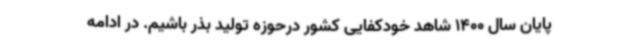
پایان سال 1400 شاهد خودکفایی کشور درحوزه تولید بذر باشیم. در ادامه